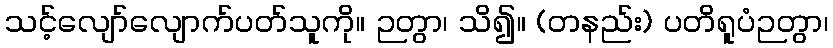
သင့်လျော်လျောက်ပတ်သူကို။ ဉတွာ၊ သိ၍။ (တနည်း) ပတိရူပံဉတွာ၊